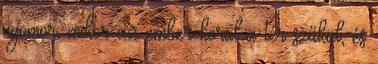
nyomor, mikor az ember körül a tér szűkül, és